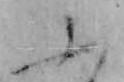
ふ